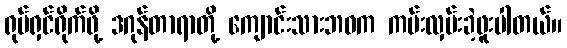
ရုပ်ရှင်ရိုက်ဖို့ ဒဂုန်တာရာတို့ ကျောင်းသားဘဝက ကမ်းလှမ်းခဲ့ဖူးပါတယ်။